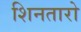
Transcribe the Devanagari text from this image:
शिनतारो